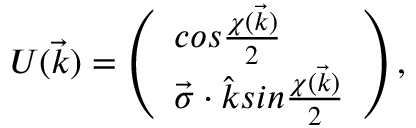
U ( \vec { k } ) = \left( \begin{array} { l } { { c o s \frac { \chi ( \vec { k } ) } { 2 } } } \\ { { \vec { \sigma } \cdot \hat { k } s i n \frac { \chi ( \vec { k } ) } { 2 } } } \end{array} \right) ,